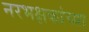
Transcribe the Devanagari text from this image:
नरभक्षकांच्या